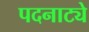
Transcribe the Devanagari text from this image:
पदनाट्ये